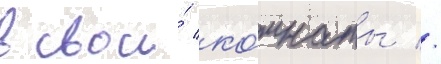
в свои́ ко́мнаты //